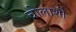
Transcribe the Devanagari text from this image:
चोलाशी